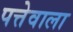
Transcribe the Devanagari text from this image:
पत्तेवाला